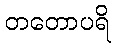
တတောပရိ